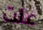
عنت